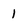
Character: 1